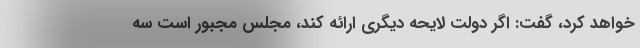
خواهد کرد، گفت: اگر دولت لایحه دیگری ارائه کند، مجلس مجبور است سه